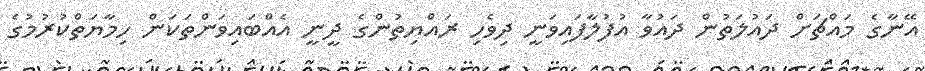
އޭނާގެ މައްޗަށް ދައުލަތުން ދައުވާ އުފުލާފައިވަނީ ދިވެހި ރައްޔިތުންގެ ދީނީ އެއްބައިވަންތަކަން ހިމާޔަތްކުރުމުގެ